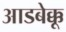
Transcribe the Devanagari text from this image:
आडबेक्कू